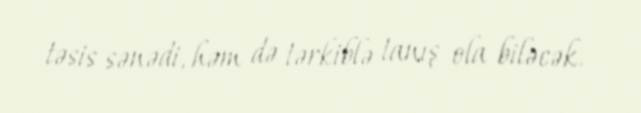
təsis sənədi, həm də tərkiblə tanış ola biləcək.